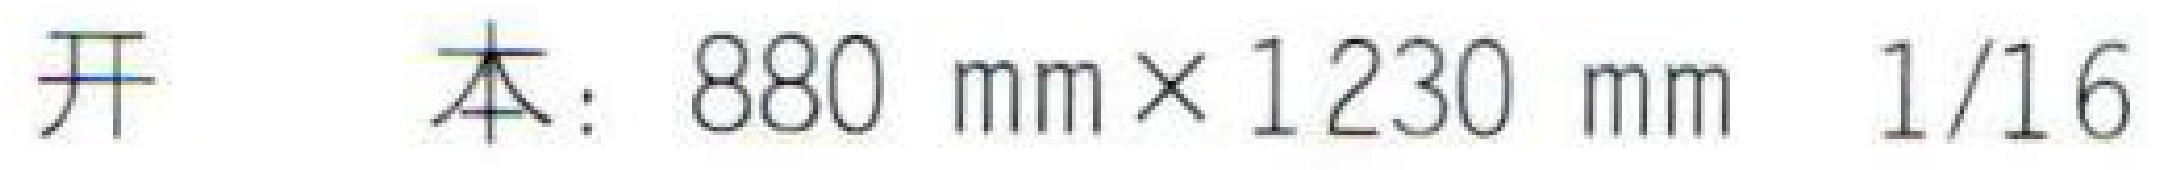
开本：\(880\mathrm{mm} \times 1230\mathrm{mm}\ 1/16\)